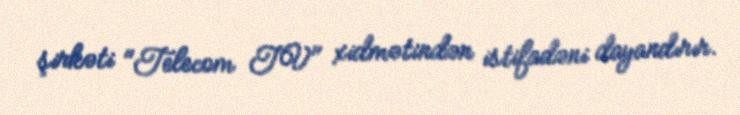
şirkəti "Telecom TV" xidmətindən istifadəni dayandırır.